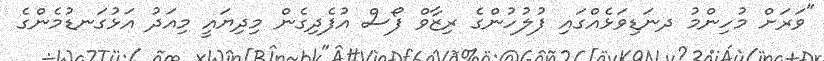
"ވަރަށް މުހިންމު ދނަޑިވަޅެއްގައި ފުލުހުންގެ ރިޒާވް ފޯސް އުފެދިގެން މިދިޔައީ މިއަދު އަޅުގަނޑުމެންގެ